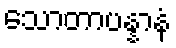
သောတာပန္နာနံ